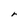
Character: r